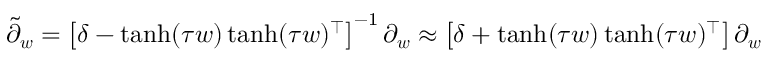
\tilde { \partial } _ { \boldsymbol { w } } = \left[ \delta - \operatorname { t a n h } ( \tau \boldsymbol { w } ) \operatorname { t a n h } ( \tau \boldsymbol { w } ) ^ { \top } \right] ^ { - 1 } \partial _ { \boldsymbol { w } } \approx \left[ \delta + \operatorname { t a n h } ( \tau \boldsymbol { w } ) \operatorname { t a n h } ( \tau \boldsymbol { w } ) ^ { \top } \right] \partial _ { \boldsymbol { w } }